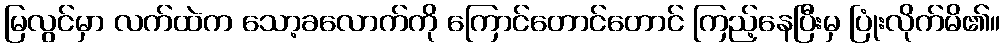
မြလွင်မှာ လက်ထဲက သော့ခလောက်ကို ကြောင်တောင်တောင် ကြည့်နေပြီးမှ ပြုံးလိုက်မိ၏။